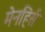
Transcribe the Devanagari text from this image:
मेनहिर्स